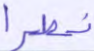
نصرا